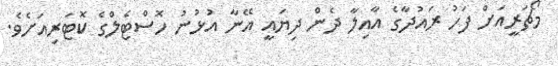
މޯޗަރީއަށް ފަހު ރައުދާގެ އާއިލާ ދެން ދިޔައީ އޭނާ އުޅުނު ހޮސްޓެލްގެ ކޮޓަރިއަށެވެ.